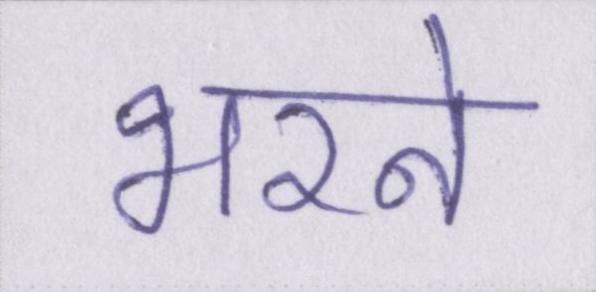
भरने